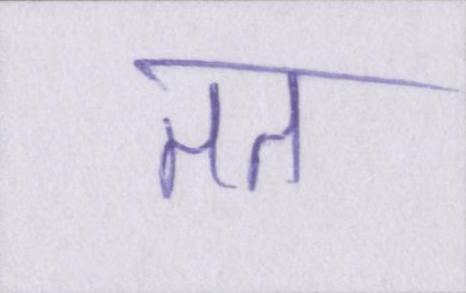
तत